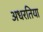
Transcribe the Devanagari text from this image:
अधरतिया